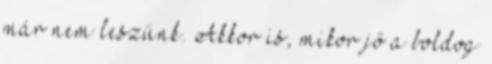
már nem leszünk. Akkor is, mikor jő a boldog